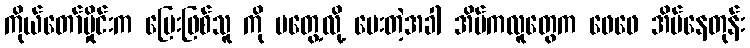
ကိုယ်တော်မှိုင်းက မြေးဖြစ်သူ ကို မတွေ့လို့ မေးတဲ့အခါ အိမ်ကလူတွေက ဖေဖေ အိပ်နေတုန်း